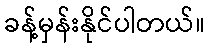
ခန့်မှန်းနိုင်ပါတယ်။